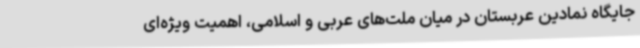
جایگاه نمادین عربستان در میان ملت‌های عربی و اسلامی، اهمیت ویژه‌ای